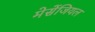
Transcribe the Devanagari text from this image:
मेसेंजियल